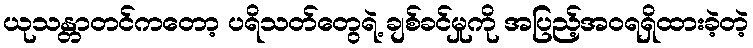
ယုသန္တာတင်ကတော့ ပရိသတ်တွေရဲ့ ချစ်ခင်မှုကို အပြည့်အဝရရှိထားခဲ့တဲ့